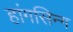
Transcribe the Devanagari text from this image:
हांगसिन्ग